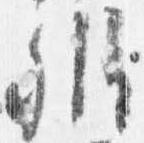
弁